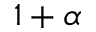
1 + \alpha